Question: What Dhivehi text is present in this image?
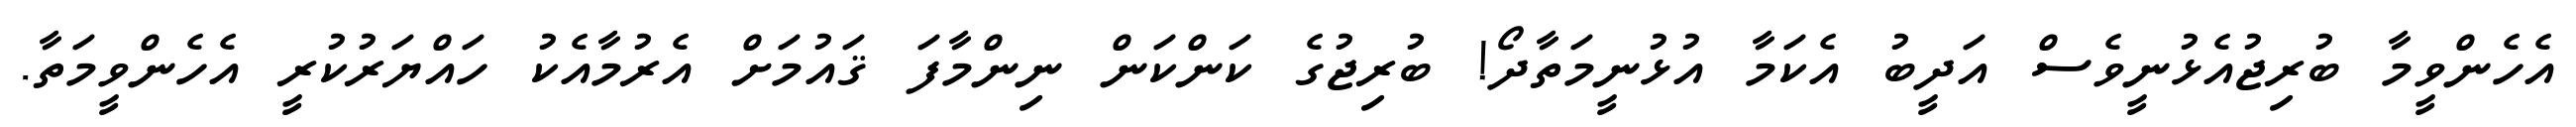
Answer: އެހެންވީމާ ބުރިޖުއެޅުނީވެސް އަދީބު އެކަމާ އުޅުނީމަތާދޯ! ބުރިޖުގެ ކަންކަން ނިންމާފަ ޤައުމަށް އެރުމާއެކު ހައްޔަރުކުރީ އެހެންވީމަތާ.